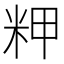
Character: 𰪴